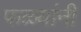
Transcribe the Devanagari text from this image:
फळ्यांनी